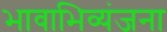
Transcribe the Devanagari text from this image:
भावाभिव्यंजना